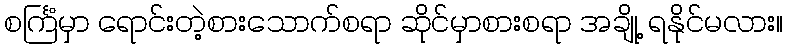
စင်္ကြံမှာ ရောင်းတဲ့စားသောက်စရာ ဆိုင်မှာစားစရာ အချို့ ရနိုင်မလား။